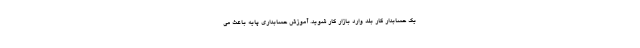
یک حسابدار کار بلد وارد بازار کار شوید. آموزش حسابداری پایه باعث می